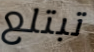
تبتلع